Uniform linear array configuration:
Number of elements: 48
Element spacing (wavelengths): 0.25
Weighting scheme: binomial
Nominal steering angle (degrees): -30
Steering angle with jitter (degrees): -29.739
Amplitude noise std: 0.05
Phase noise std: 0.05

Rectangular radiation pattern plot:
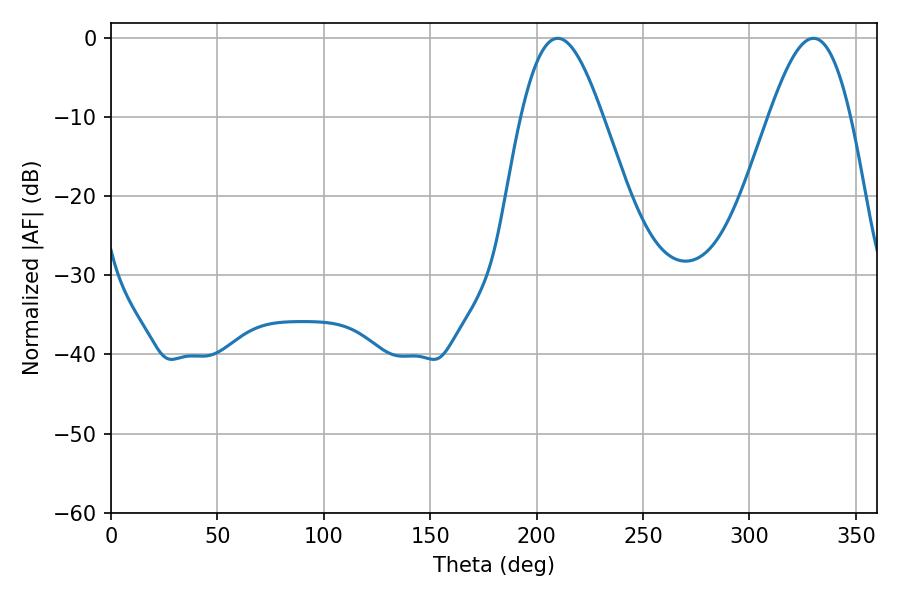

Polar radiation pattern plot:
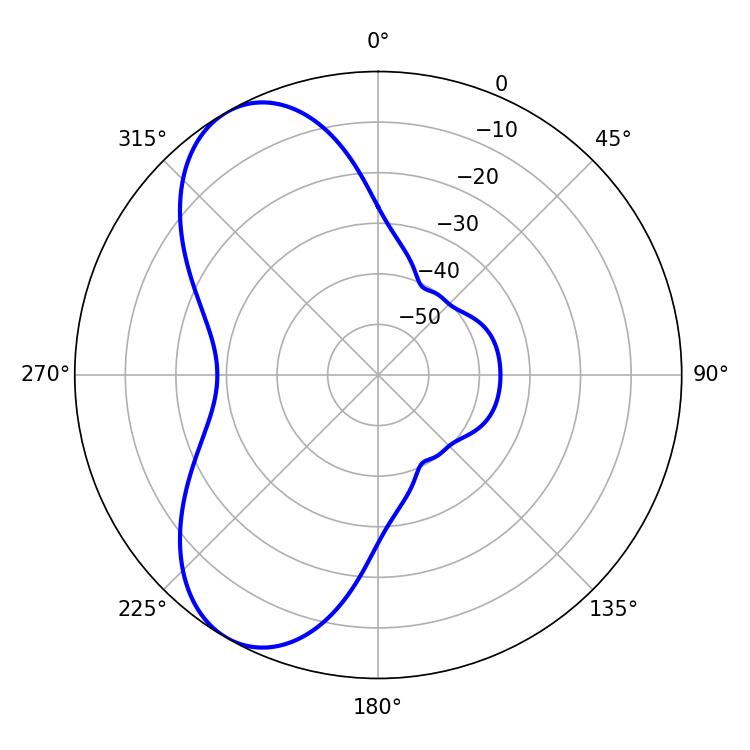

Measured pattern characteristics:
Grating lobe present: FALSE
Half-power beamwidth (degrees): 20.7
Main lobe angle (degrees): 330.12